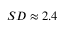
S D \approx 2 . 4